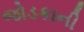
જોડકાની